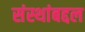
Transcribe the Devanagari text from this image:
संस्थांबद्दल